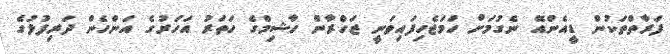
ފަރާތްތަކުން ޑީއެންއޭ ނެގުމަށް ހަމަޖެހިފައިވަނީ ޒަހްރާން ހާޝިމްގެ ހަތަރު އަހަރުގެ އަންހެން ދަރިފުޅުގެ